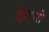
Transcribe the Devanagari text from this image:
झिंझरी